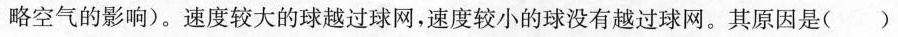
略空气的影响)。速度较大的球越过球网，速度较小的球没有越过球网。其原因是()